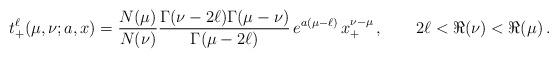
LaTeX: \begin{align*} t^\ell_+(\mu,\nu;a,x) = \frac{N(\mu)}{N(\nu)} \frac{\Gamma(\nu-2\ell)\Gamma(\mu-\nu)}{\Gamma(\mu-2\ell)}\, e^{a(\mu-\ell)}\, x^{\nu-\mu}_+\,, \qquad 2\ell < \Re(\nu) < \Re(\mu) \,.\end{align*}